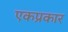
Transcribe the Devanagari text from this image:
एकप्रकार